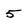
Character: 5